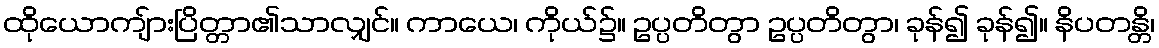
ထိုယောကျ်ားပြိတ္တာ၏သာလျှင်။ ကာယေ၊ ကိုယ်၌။ ဥပ္ပတိတွာ ဥပ္ပတိတွာ၊ ခုန်၍ ခုန်၍။ နိပတန္တိ၊